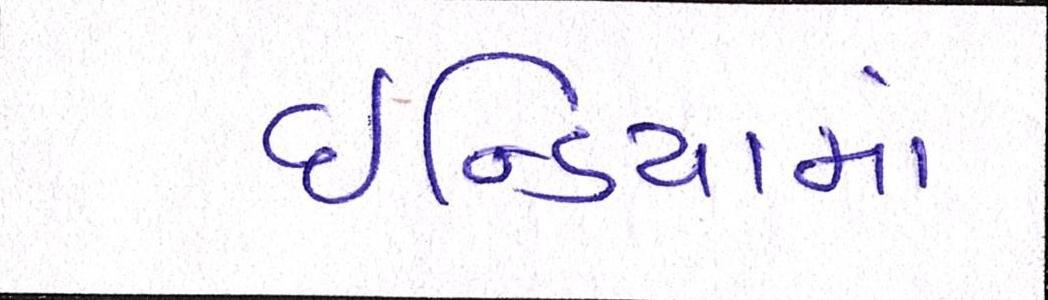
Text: ઇન્ડિયામાં